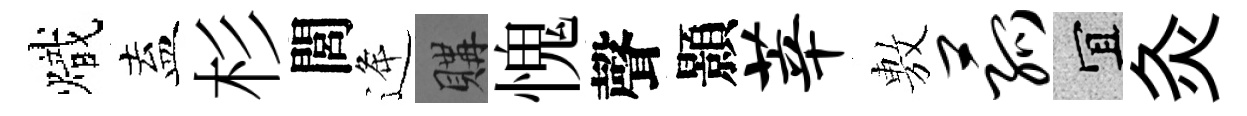
熾盍杉閭逄購愧聲顥莘𢾾菰宜灸